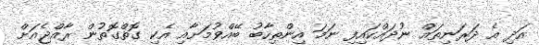
އަދި އެ ދަރަނިތައް ނުދައްކައިފި ނަމަ އިންތިހާބު ބޭއްވުމަށާއި އެކި ގޮތްގޮތުން ރާއްޖެއަށް